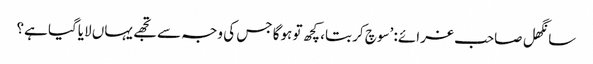
سانگھل صاحب غرائے: ’سوچ کر بتا، کچھ تو ہوگا جس کی وجہ سے تجھے یہاں لایاگیا ہے؟